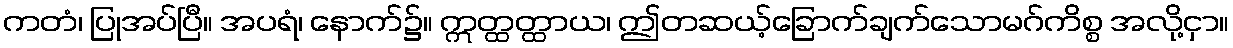
ကတံ၊ ပြုအပ်ပြီ။ အပရံ၊ နောက်၌။ ဣတ္ထတ္ထာယ၊ ဤတဆယ့်ခြောက်ချက်သောမဂ်ကိစ္စ အလို့ငှာ။